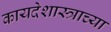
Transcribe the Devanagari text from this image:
कायदेशास्त्राच्या